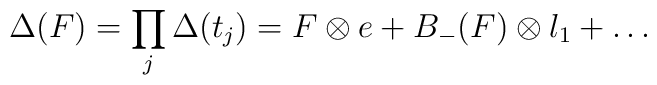
\Delta(F)=\prod_j \Delta(t_j)=F\otimes e+B_-(F)\otimes l_1+\ldots